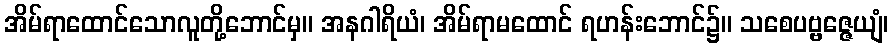
အိမ်ရာထောင်သောလူတို့ဘောင်မှ။ အနဂါရိယံ၊ အိမ်ရာမထောင် ရဟန်းဘောင်၌။ သစေပဗ္ဗဇ္ဇေယျံ၊